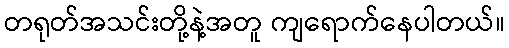
တရုတ်အသင်းတို့နဲ့အတူ ကျရောက်နေပါတယ်။